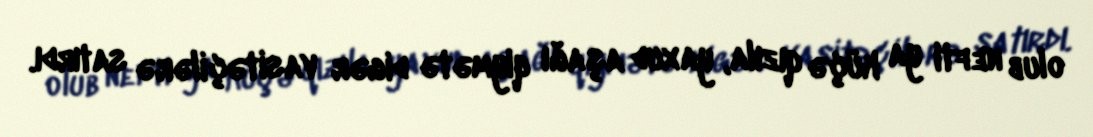
olub nefti ya küçə qızıla, yaxud aşağı qiymətə digər vasitəçilərə satırdı.